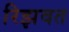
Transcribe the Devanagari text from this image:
रिझवत